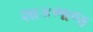
શાકભાજ